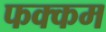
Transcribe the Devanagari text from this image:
फक्कम